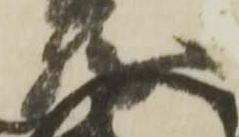
勝